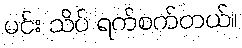
မင်း သိပ် ရက်စက်တယ်။